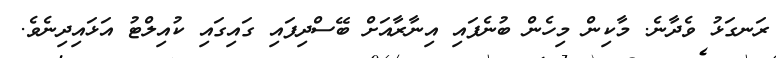
ރަނގަޅު ވެދާނެ. މާކިން މިހެން ބުނެފައި އިނާރާއަށް ބޭސްދިފައި ގައިގައި ކުއިލްޓު އަޅައިދިނެވެ.